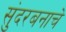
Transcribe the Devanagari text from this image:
सुंदरबनाचे